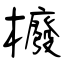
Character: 櫠